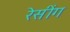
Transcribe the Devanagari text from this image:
रेसींग